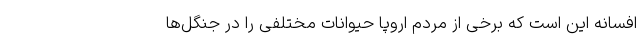
افسانه این است که برخی از مردم اروپا حیوانات مختلفی را در جنگل‌ها